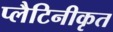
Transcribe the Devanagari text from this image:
प्लैटिनीकृत